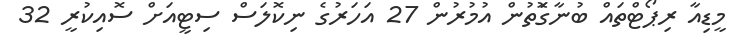
މީޑިއާ ރިޕޯޓްތައް ބުނާގަޮތުން އުމުރުން 27 އަހަރުގެ ނިކޮލަސް ސިޓީއަށް ސޮއިކުރީ 32